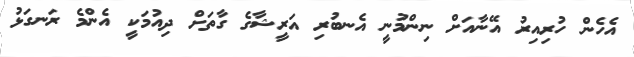
އެހެން ހުރިއިރު އޭނާއަށް ނިންމުނީ އެނބުރި އަރީޝާގެ ގާތަށް ދިއުމަކީ އެންމެ ރަނގަޅު